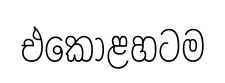
එකොළහටම